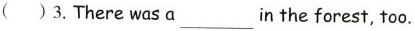
( ) 3. There was a ___ in the forest, too.